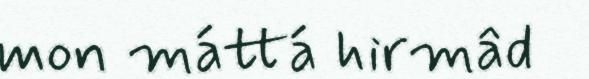
mon máttá hirmâd